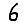
Digit: 6